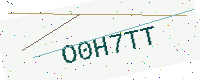
Text: O0H7TT